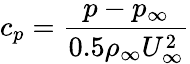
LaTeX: c_{p}=\frac{p-p_{\infty}}{0.5\rho_{\infty}U_{\infty}^{2}}